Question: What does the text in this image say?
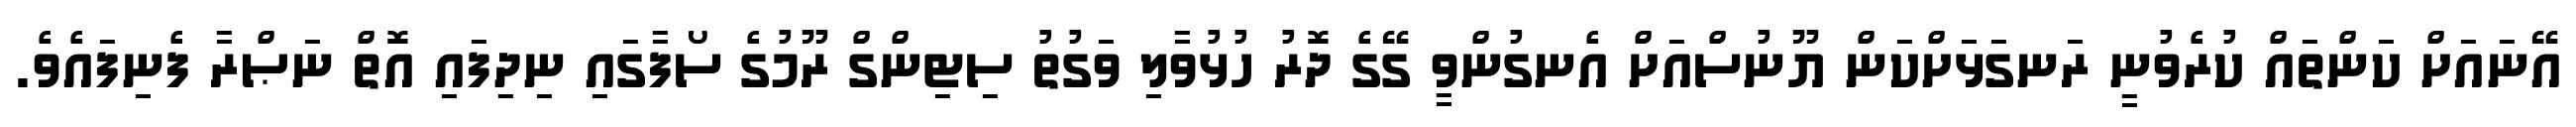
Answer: އޭނައަށް ކަންތައް ކުރެވުނީ ރަނގަޅަށްކަން ޔޫނުސްއަށް އެނގުންވީ ގޭގެ ދޮރު ހުޅުވާލި ވަގުތު ސިޓިންގް ރޫމުގެ ސޯފާގައި ނިދިފައި އޮތް ނަޞްރާ ފެނިފައެވެ.